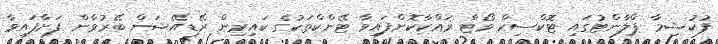
ފުކުޝިމާ ޕްލާންޓުގައި ޓޮކްސިކް ވޯޓާ ރައްކާކޮށްފައިވާ ޓޭންކްތަކުގެ ކައިރިން ރޭޑިއޭޝަން ބޭރުވާން ފަށާފައިވާ